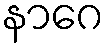
နာဂေ